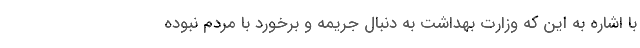
با اشاره به این که وزارت بهداشت به دنبال جریمه و برخورد با مردم نبوده